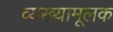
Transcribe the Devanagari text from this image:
व्यख्यामूलक